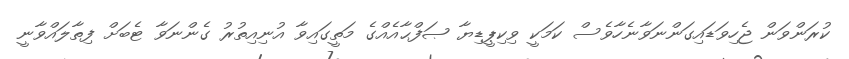
ކުރަންވަން ޖެހިވަޑައިގަންނަވާނެހާވެސް ކަމަކީ ވިކިޕީޑިޔާ ޞަފްޙާއެއްގެ މަތީގައިވާ އުނިއިތުރު ގެންނަވާ ޓެބަށް ފިތާލައްވާނީ